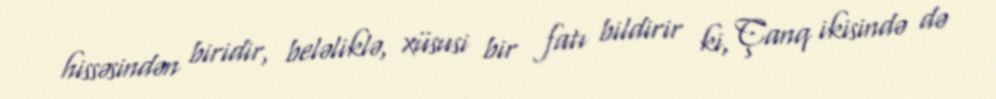
hissəsindən biridir, beləliklə, xüsusi bir fatı bildirir ki, Çanq ikisində də